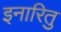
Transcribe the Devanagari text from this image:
इनारितु